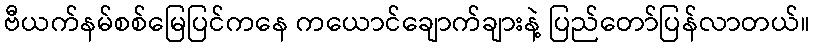
ဗီယက်နမ်စစ်မြေပြင်ကနေ ကယောင်ချောက်ချားနဲ့ ပြည်တော်ပြန်လာတယ်။